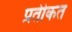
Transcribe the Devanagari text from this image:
प्रतीकत